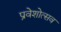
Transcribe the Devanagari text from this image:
प्रवेशोत्सव